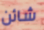
شائن